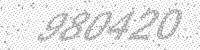
Solution: 980420